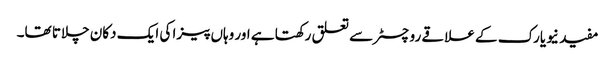
مفید نیویارک کے علاقے روچسٹر سے تعلق رکھتا ہے اور وہاں پیزا کی ایک دکان چلاتا تھا۔